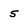
Character: 5